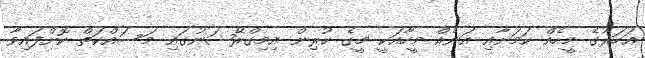
އަހަރުގެ މީހެއް ކަމަށާއި އަނެއް މީހާއަކީ މީގެ ކުރިން އިމިގްރޭޝަނުގައި މަސައްކަތް ކޮށްފައިވާ